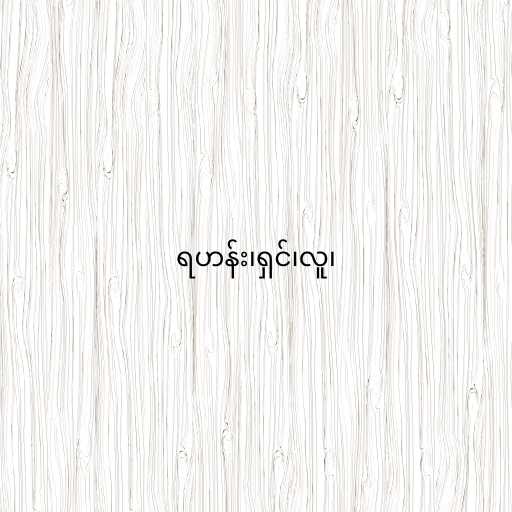
ရဟန်း၊ရှင်၊လူ၊